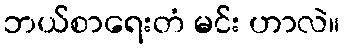
ဘယ်စာရေးတံ မင်း ဟာလဲ။